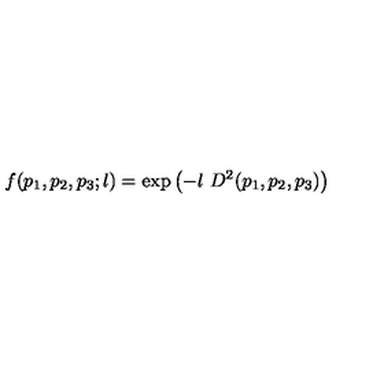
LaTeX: f ( p _ { 1 } , p _ { 2 } , p _ { 3 } ; l ) = \mathrm { e x p } \left( - l \ D ^ { 2 } ( p _ { 1 } , p _ { 2 } , p _ { 3 } ) \right)